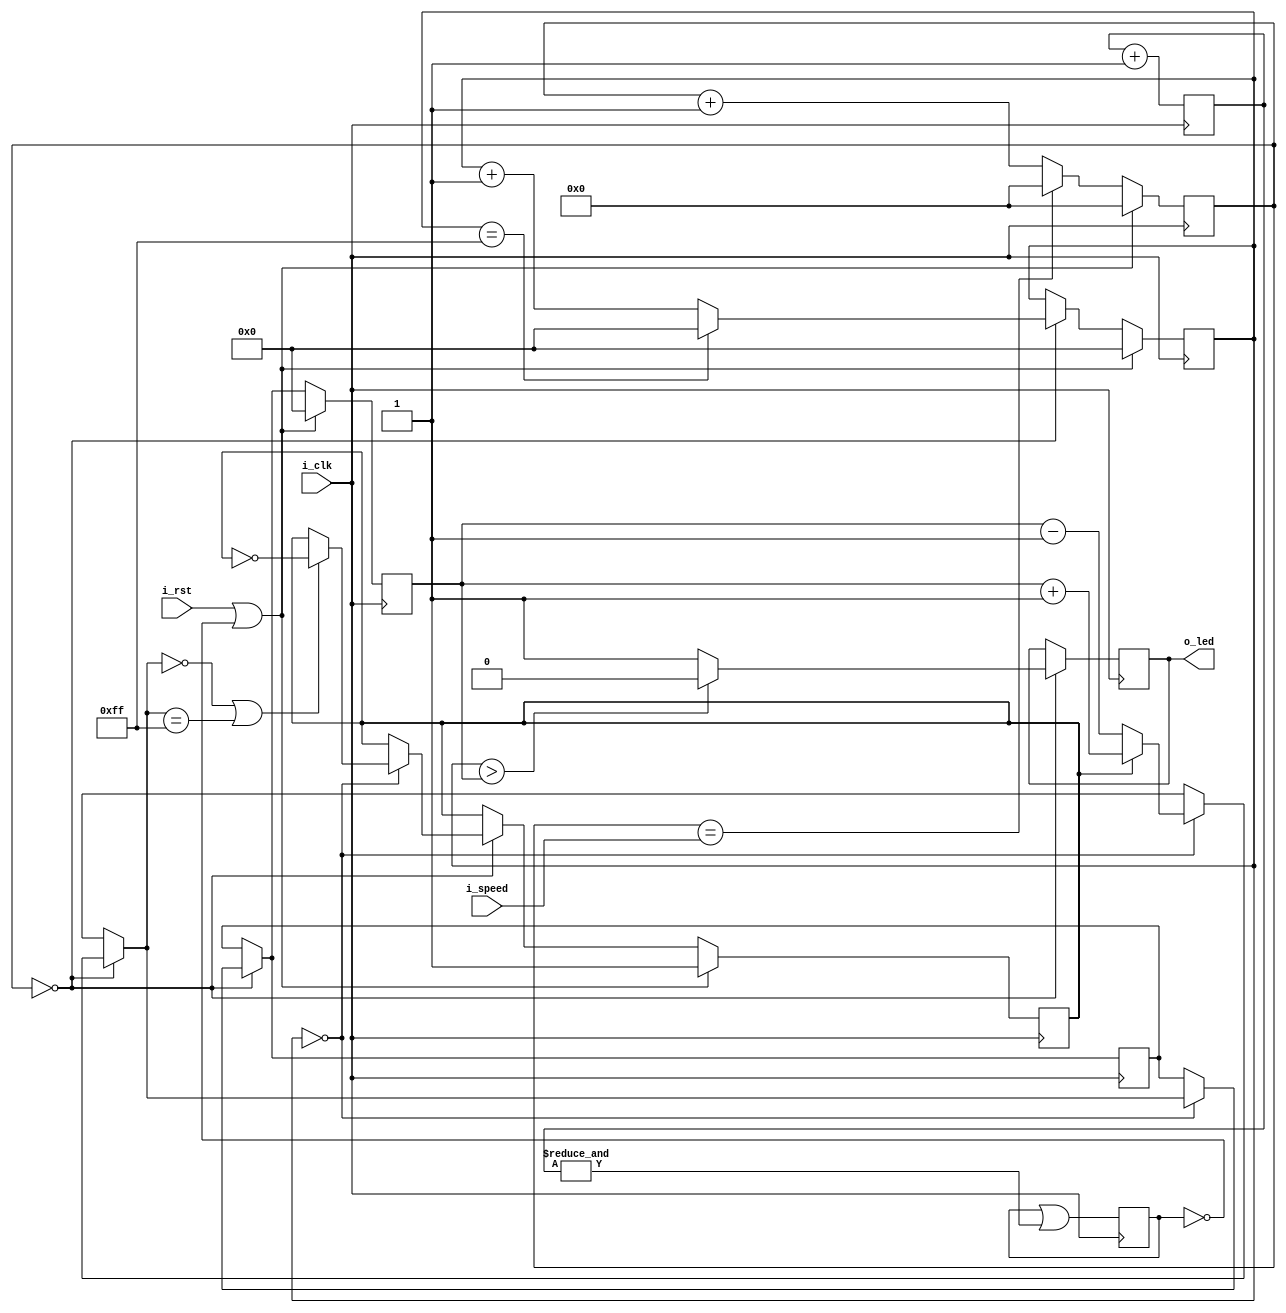
// A simple circuit that can be used to detect brownouts and other hardware issues

module cycle (
  input i_clk,
  input i_rst,
  input [10:0] i_speed,
  output o_led
);
  reg [7:0] r_rst_counter = 0;
  reg [7:0] r_count_cur = 0;
  reg [10:0] r_count_speed = 0;
  reg [7:0] r_count_duty = 0;
  reg [7:0] r_count_duty_next = 0;
  reg r_duty_dir = 1; // 0 down, 1 up
  reg r_rstn = 0;

  reg r_led;

  /*
   * Wait for system system to stabilize 
   */
  always @(posedge i_clk) begin
    r_rst_counter <= r_rst_counter + 1;
    r_rstn <= r_rstn | &r_rst_counter;
  end

  // count_cur up and down
  always @(posedge i_clk) begin

    // Speed devider
    r_count_speed <= r_count_speed + 1;
    if (r_count_speed == i_speed) // 124 +- 2 s
      r_count_speed <= 0;

    // Update counters every X cycles
    if (r_count_speed == 0) begin

      // Duty cycle counter
      r_count_cur <= r_count_cur + 1;
      if (r_count_cur == 255) 
        r_count_cur <= 0;

      // PWM the led_g
      r_led <= 1'b1;
      if(r_count_cur > r_count_duty)
        r_led <= 1'b0;

      // Move duty cycle counter
      if (r_count_cur == 0) begin
        if (r_duty_dir == 1'b1) begin
          r_count_duty_next = r_count_duty + 1;
        end else begin
          r_count_duty_next = r_count_duty - 1;
        end

        // reverse counter duty cycle
        if (r_count_duty_next == 0 || r_count_duty_next == 255)
          r_duty_dir <= ~r_duty_dir;
      end
    end

    // Assign the variable to the register
    r_count_duty <= r_count_duty_next;


    // Reset holds counters 
    if(i_rst == 1'b1 || r_rstn == 1'b0) begin
      r_count_duty  <= 0;
      r_count_speed <= 0;
      r_count_cur   <= 0;
      r_duty_dir    <= 1;
    end 

  end

  assign o_led = r_led;

endmodule